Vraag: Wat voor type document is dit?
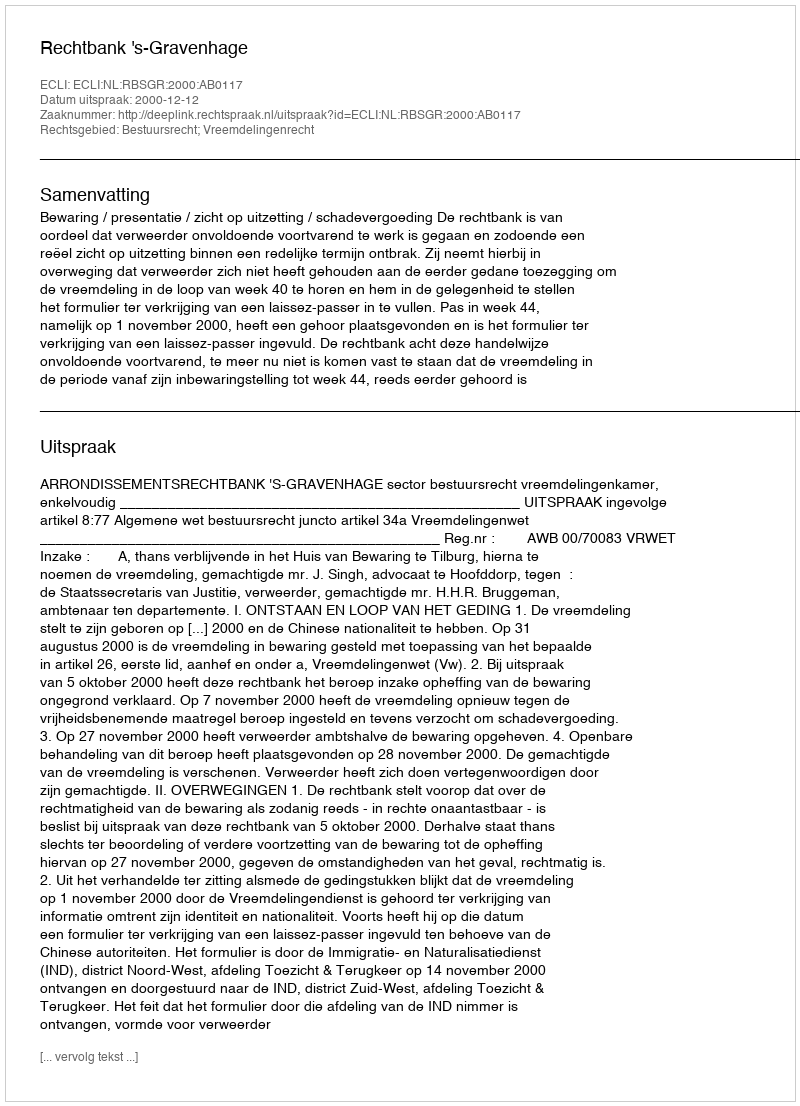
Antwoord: Uitspraak